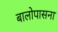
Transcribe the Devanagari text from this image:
बालोपासना